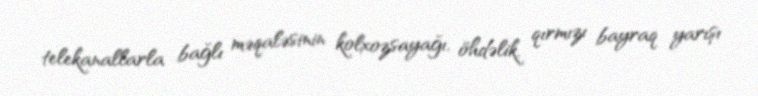
telekanallarla bağlı məqaləsinin kolxozsayağı, öhdəlik, qırmızı bayraq yarışı